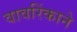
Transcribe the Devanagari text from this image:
वावरिंकाने